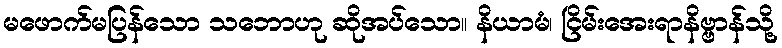
မဖောက်မပြန်သော သဘောဟု ဆိုအပ်သော။ နိယာမံ၊ ငြိမ်းအေးရာနိဗ္ဗာန်သို့